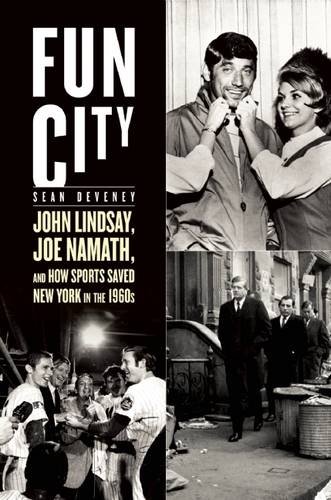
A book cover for Fun City: John Lindsay, Joe Namath, and How Sports Saved New York in the 1960s; Sean Deveney; Sports & Outdoors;